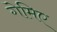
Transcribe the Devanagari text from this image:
गेमिए